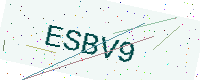
Text: ESBV9